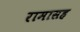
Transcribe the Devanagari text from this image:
रामासह